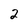
Character: 2